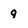
Character: 9